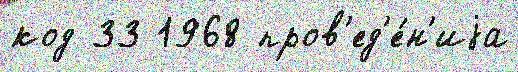
код 33 1968 пров'ед'е́н'иjа